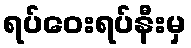
ရပ်ဝေးရပ်နီးမှ